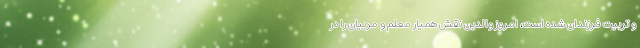
و تربیت فرزندان شده است، امروز والدین نقش همیار معلم و مربیان را در